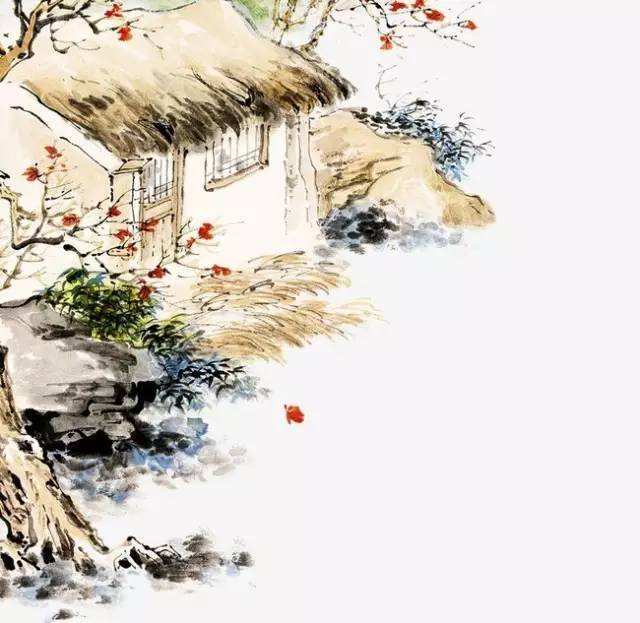
青山如黛远村东，嫩绿长溪柳絮风。